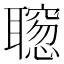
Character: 𫆒